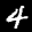
Label: 4